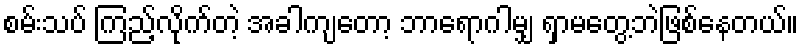
စမ်းသပ် ကြည့်လိုက်တဲ့ အခါကျတော့ ဘာရောဂါမျှ ရှာမတွေ့ဘဲဖြစ်နေတယ်။